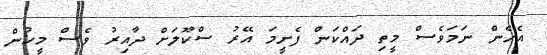
އެހެން ނަމަވެސް މީތި ދައްކަން ފެށީމަ އޭރު ސްކޫލަށް ދާއިރު ވެސް މީހުން